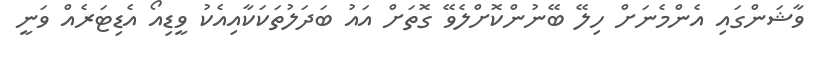
ވާޝަންގައި އެންމެނަށް ހިލޭ ބޭނުންކޮށްލެވޭ ގޮތަށް އައު ބަދަލުތަކަކާއިއެކު ވީޑިއޯ އެޑިޓަރެއް ވަނީ